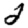
Digit: 2